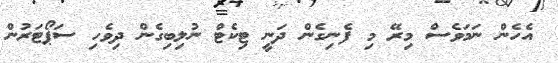
އެހެން ނަމަވެސް މިރޭ މި ފެނިގެން ދަނީ ޓިކެޓް ނުލިިބިގެން ދިވެހި ސަޕޯޓަރުން